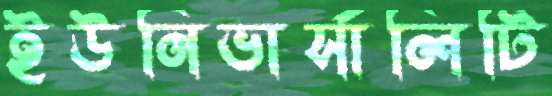
ইউনিভার্সালিটি